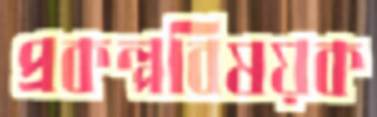
প্রকল্পবিষয়ক